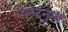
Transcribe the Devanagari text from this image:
स्लेटनुमा